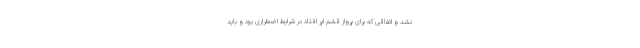
نشد و اتفاقی که برای پرواز قشم ایر افتاد در شرایط اضطراری بود و باید